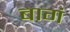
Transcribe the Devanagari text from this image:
बागं